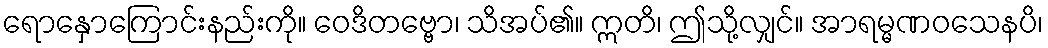
ရောနှောကြောင်းနည်းကို။ ဝေဒိတဗ္ဗော၊ သိအပ်၏။ ဣတိ၊ ဤသို့လျှင်။ အာရမ္မဏဝသေနပိ၊